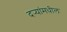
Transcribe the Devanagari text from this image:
दर्‍यांमधील